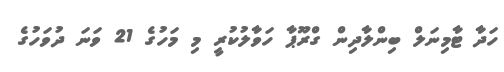
ހަދާ ޓާމިނަލް ބިންލާދިން ގްރޫޕާ ހަވާލުކުރީ މި މަހުގެ 21 ވަނަ ދުވަހުގެ